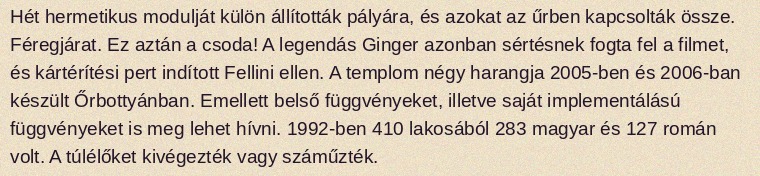
Hét hermetikus modulját külön állították pályára, és azokat az űrben kapcsolták össze. Féregjárat. Ez aztán a csoda! A legendás Ginger azonban sértésnek fogta fel a filmet, és kártérítési pert indított Fellini ellen. A templom négy harangja 2005-ben és 2006-ban készült Őrbottyánban. Emellett belső függvényeket, illetve saját implementálású függvényeket is meg lehet hívni. 1992-ben 410 lakosából 283 magyar és 127 román volt. A túlélőket kivégezték vagy száműzték.